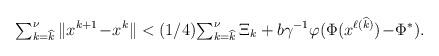
LaTeX: \begin{align*}{\textstyle\sum_{k=\widehat{k}}^{\nu}}\,\|x^{k+1}\!-\!x^k\|<(1/4){\textstyle\sum_{k=\widehat{k}}^\nu}\,\Xi_k+b\gamma^{-1}\varphi(\Phi(x^{\ell(\widehat{k})})\!-\!\Phi^*).\end{align*}